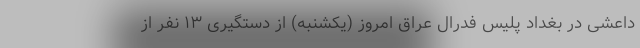
داعشی در بغداد پلیس فدرال عراق امروز (یکشنبه) از دستگیری ۱۳ نفر از